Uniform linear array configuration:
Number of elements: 8
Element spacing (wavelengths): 0.75
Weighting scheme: hamming
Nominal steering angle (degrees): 45
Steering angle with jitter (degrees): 46.441
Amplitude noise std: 0.05
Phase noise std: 0.05

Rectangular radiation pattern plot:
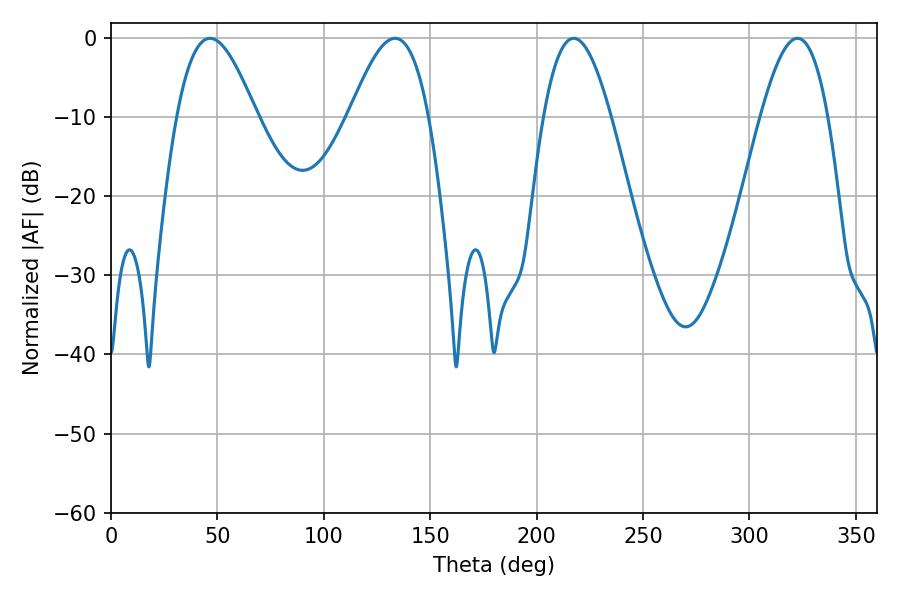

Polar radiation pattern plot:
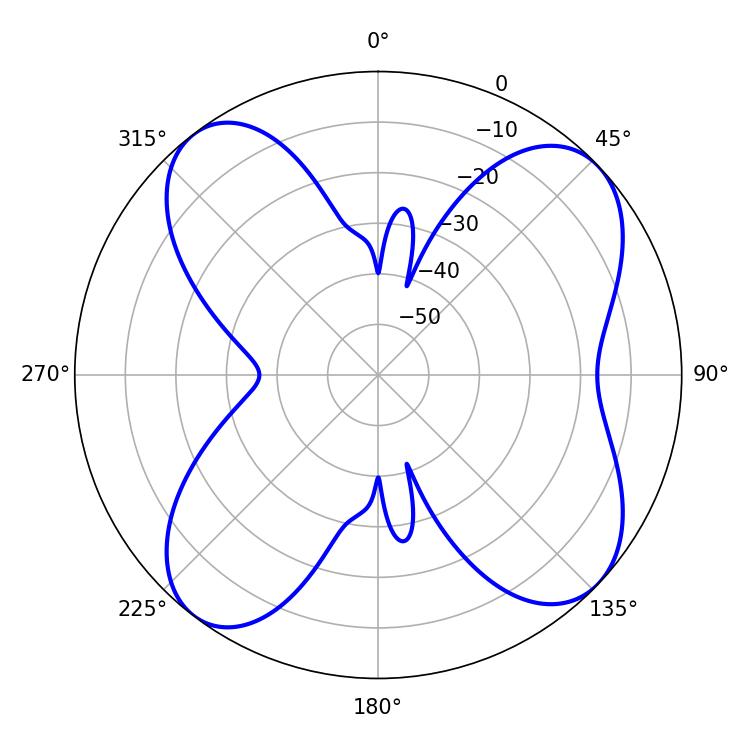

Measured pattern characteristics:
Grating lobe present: TRUE
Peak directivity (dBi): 10.404
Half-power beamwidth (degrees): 17.1
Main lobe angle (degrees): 217.44